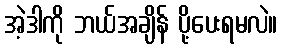
အဲ့ဒါကို ဘယ်အချိန် ပို့ပေးရမလဲ။